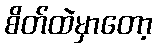
စိတ်ထဲမှာတော့